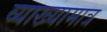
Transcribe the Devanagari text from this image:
व्याख्यामात्र